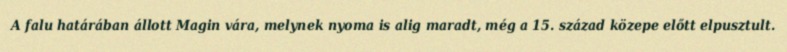
A falu határában állott Magin vára, melynek nyoma is alig maradt, még a 15. század közepe előtt elpusztult.